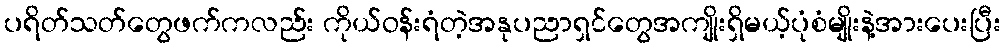
ပရိတ်သတ်တွေဖက်ကလည်း ကိုယ်ဝန်းရံတဲ့အနုပညာရှင်တွေအကျိုးရှိမယ့်ပုံစံမျိုးနဲ့အားပေးပြီး